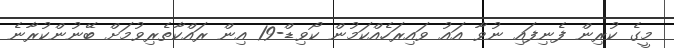
މީގެ ކުރިން ފެނިފައި ނުވާ އައު ވައިރަހެއްކަމުން ކޯވިޑް-19 އިން ރައްކާތެރިވުމަށް ބޭނުންކުރާނެ